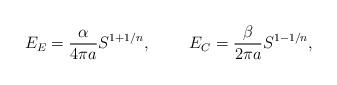
LaTeX: \begin{align*}E_E={\alpha\over{4\pi a}}S^{1+1/n},\ \ \ \ \ \ \ E_C={\beta\over{2\pi a}}S^{1-1/n},\end{align*}